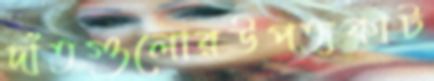
দাঁতগুলোরউপত্যকাট